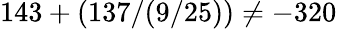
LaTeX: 143+(137/(9/25))\neq-320